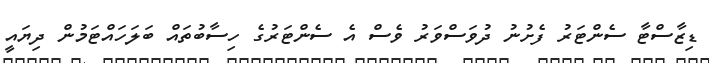
ޑިޒާސްޓާ ސެންޓަރު ފެށުނު ދުވަސްވަރު ވެސް އެ ސެންޓަރުގެ ހިސާބުތައް ބަލަހައްޓަމުން ދިޔައީ